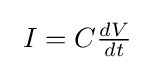
\textstyle \ I=C{\frac {dV}{dt}}